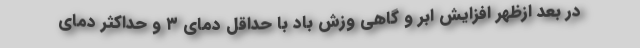
در بعد ازظهر افزایش ابر و گاهی وزش باد با حداقل دمای ۳ و حداکثر دمای